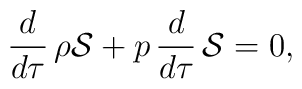
\frac{d}{d\tau}\, \rho {\cal S} +p \,\frac{d}{d\tau}\, {\cal S} = 0,